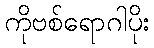
ကိုဗစ်ရောဂါပိုး